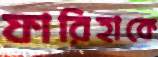
ফারিহাকে